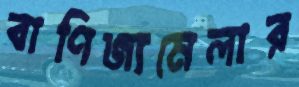
বাণিজ্যমেলার